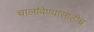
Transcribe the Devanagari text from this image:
चालविण्यासाठीच